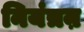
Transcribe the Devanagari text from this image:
नियंत्रऩ